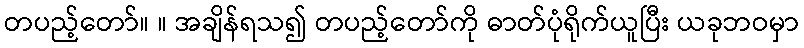
တပည့်တော်။ ။ အချိန်ရသ၍ တပည့်တော်ကို ဓာတ်ပုံရိုက်ယူပြီး ယခုဘဝမှာ